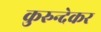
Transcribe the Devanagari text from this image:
कुरुन्देकर